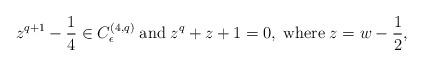
LaTeX: \begin{align*}z^{q+1}-\frac{1}{4}\in C_{\epsilon}^{(4,q)} \;{\rm and}\; z^q+z+1=0,\; {\rm where}\; z=w-\frac{1}{2}, \end{align*}